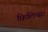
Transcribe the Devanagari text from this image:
फ़िलिप्स।